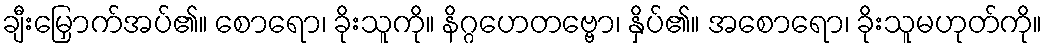
ချီးမြှောက်အပ်၏။ စောရော၊ ခိုးသူကို။ နိဂ္ဂဟေတဗ္ဗော၊ နှိပ်၏။ အစောရော၊ ခိုးသူမဟုတ်ကို။